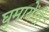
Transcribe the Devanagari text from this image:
घुमायेंगी